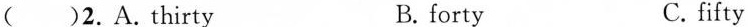
( )2.A.Thirty B. forty C.fifty